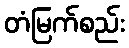
တံမြက်စည်း